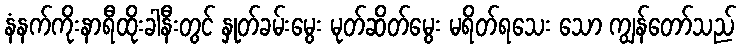
နံနက်ကိုးနာရီထိုးခါနီးတွင် နှုတ်ခမ်းမွေး မုတ်ဆိတ်မွေး မရိတ်ရသေး သော ကျွန်တော်သည်